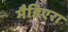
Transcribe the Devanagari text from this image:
मैडिएरा